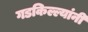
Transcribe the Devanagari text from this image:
गडकिल्ल्यांनी